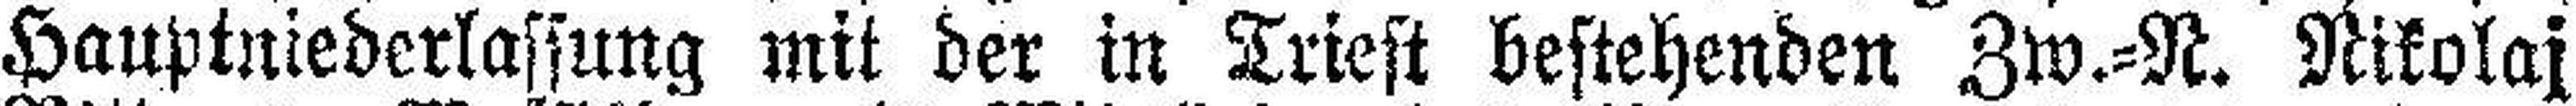
Hauptniederlassung mit der in Triest bestehenden Zw.=N. Nikolaj